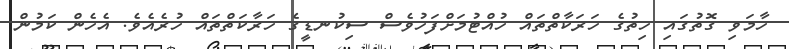
ހާމަވި ގޮތުގައި ހިތުގެ ހަރަކާތްތައް ހުއްޓުމަށްފަހުވެސް ސިކުނޑީގެ ހަރާކަތްތައް ހުރެއެވެ. އެހެން ކަމުން